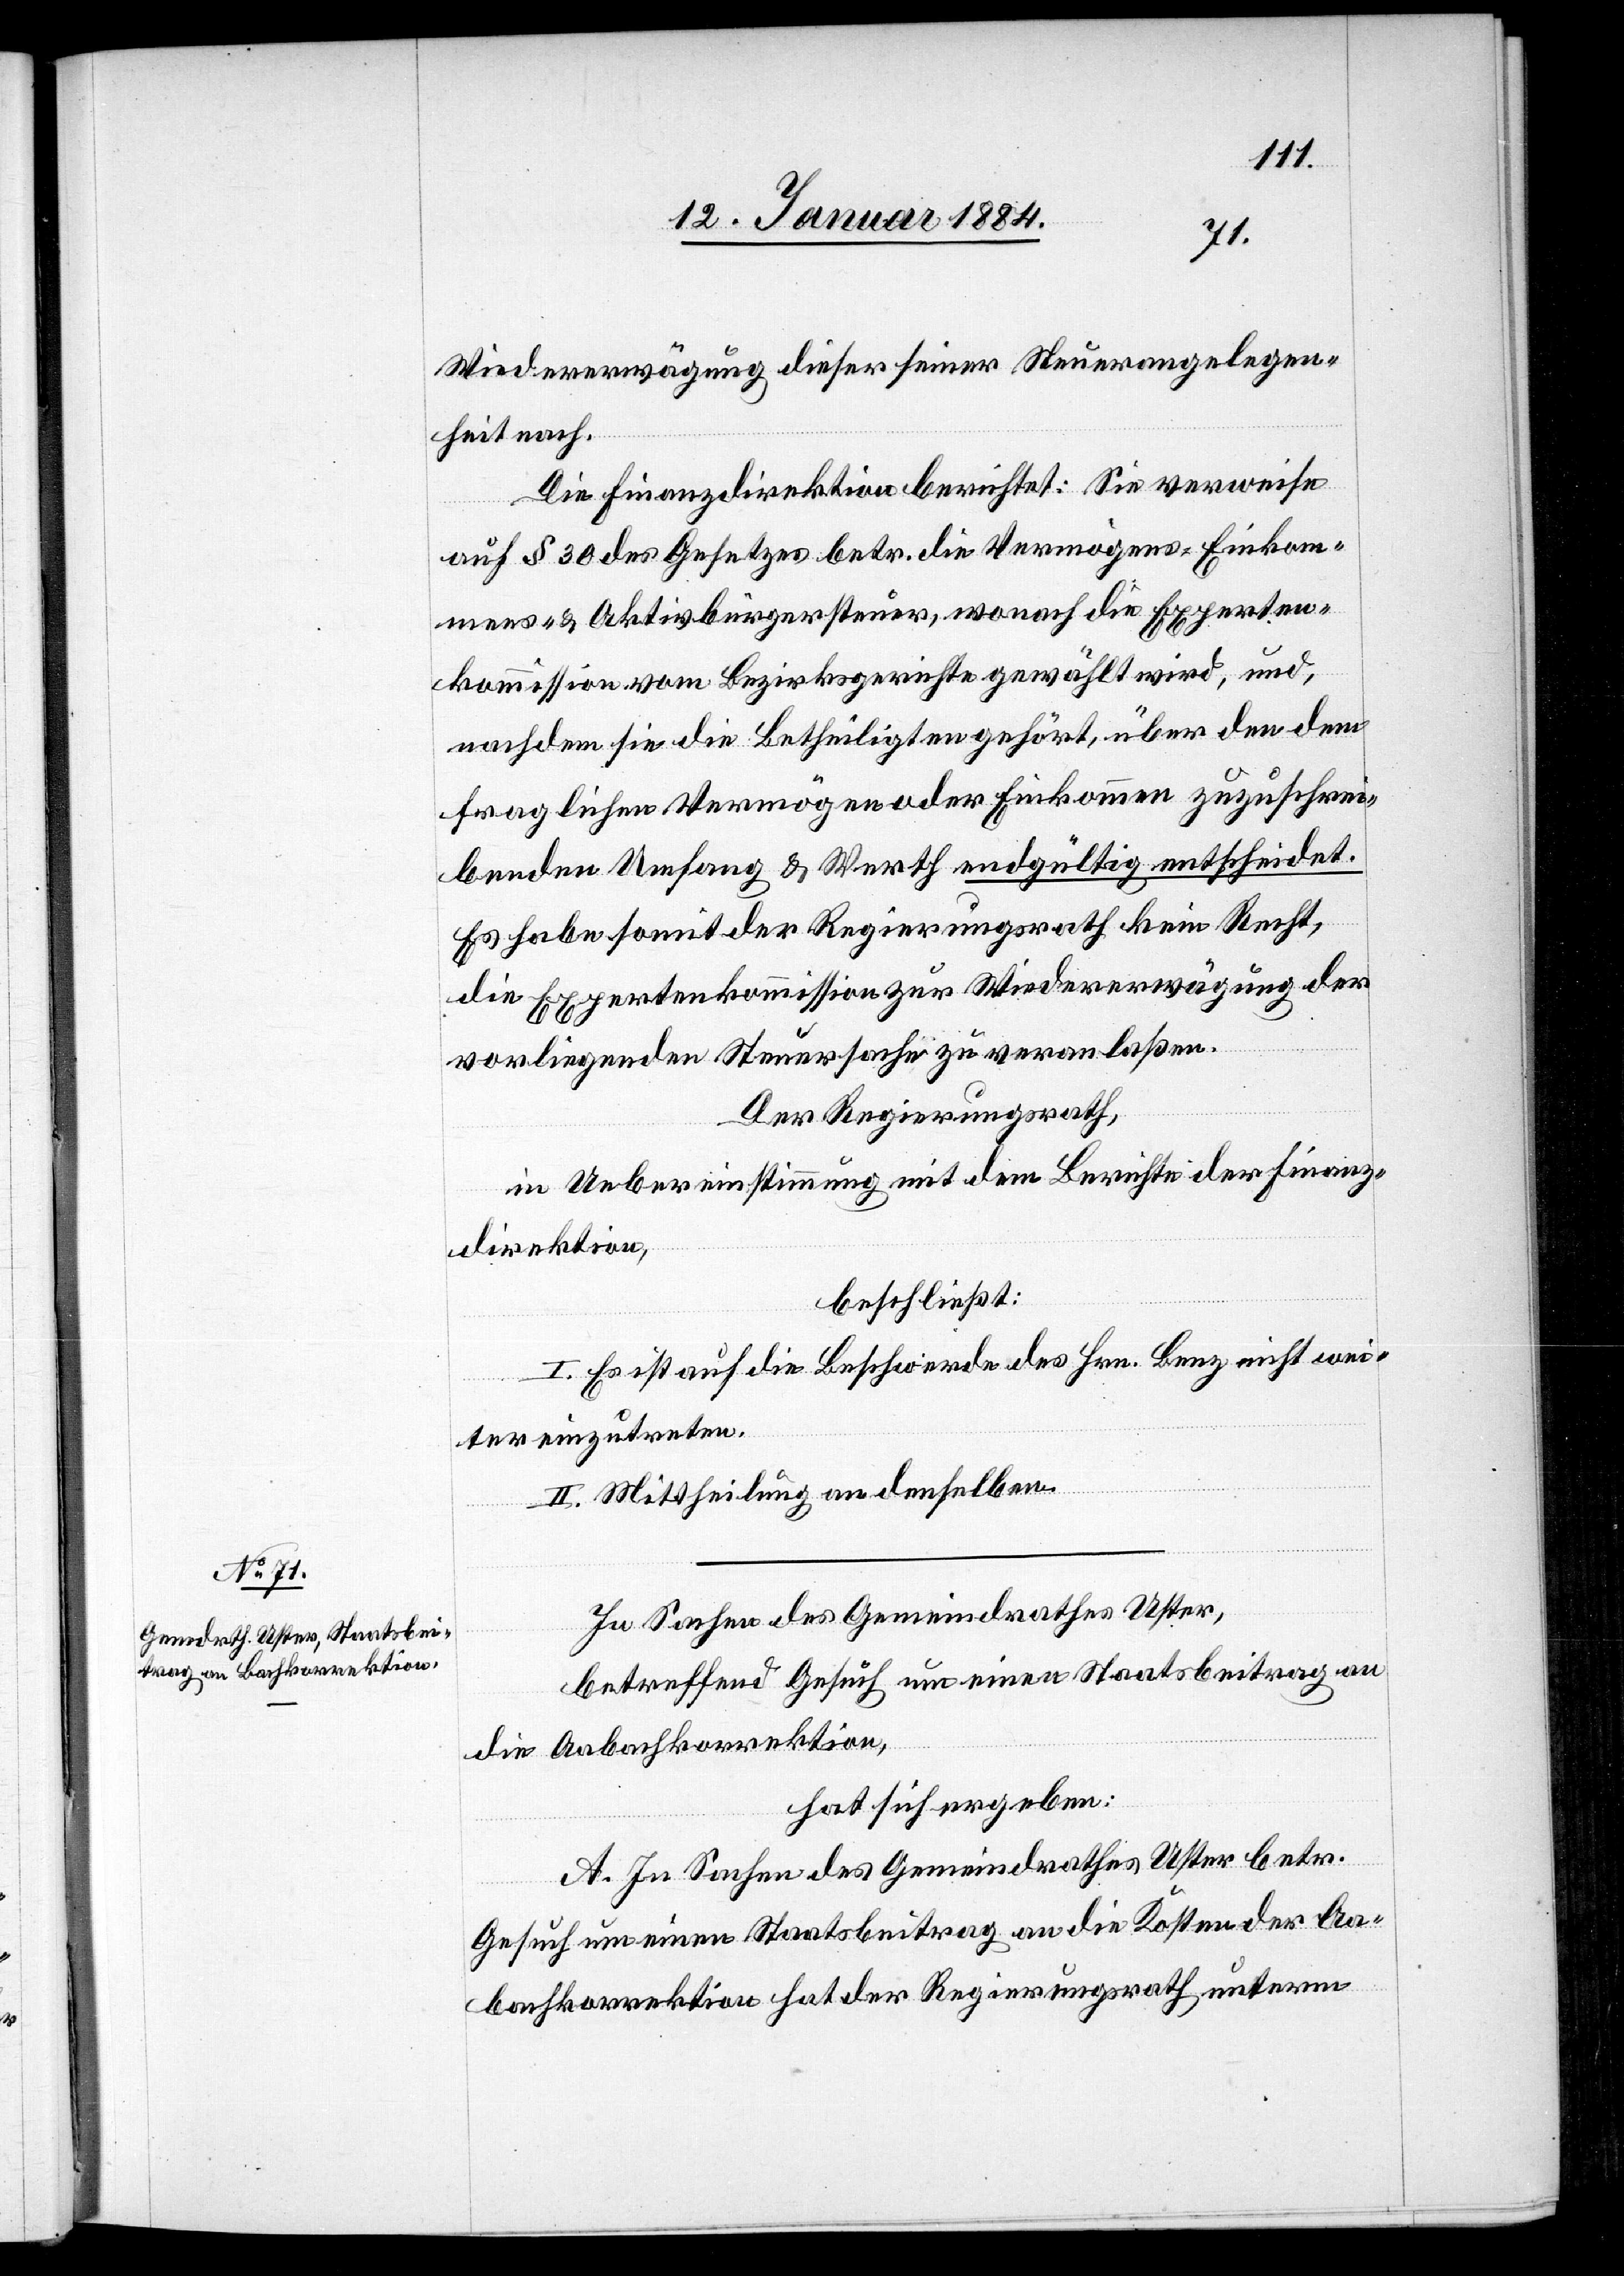
Wiedererwägung dieser seiner Steuerangelegen¬
heit nach.
Die Finanzdirektion berichtet: Sie verweise
auf § 30 des Gesetztes betr. die Vermögens-, Einkom¬
mens- & Aktivbürgersteuer, wonach die Experten¬
kommission vom Bezirksgerichte gewählt wird, und,
nachdem sie die Betheiligten gehört, über den dem
fraglichen Vermögen oder Einkommen zuzuschrei¬
benden Umfang & Werth endgültig entscheidet.
Es habe somit der Regierungsrath kein Recht,
die Expertenkommission zur Wiedererwägung der
vorliegenden Steuersache zu veranlaßen.
Der Regierungsrath,
in Uebereinstimmung mit dem Berichte der Finanz¬
direktion,
beschließt:
I. Es ist auf die Beschwerde des Hrn. Benz nicht wei¬
ter einzutreten.
II. Mittheilung an denselben.
In Sachen des Gemeindrathes Uster,
betreffend Gesuch um einen Staatsbeitrag an
die Aabachkorrektion,
hat sich ergeben:
A. In Sachen des Gemeindrathes Uster betr.
Gesuch um einen Staatsbeitrag an die Kosten der Aa¬
bachkorrektion hat der Regierungsrath unterm